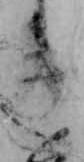
き